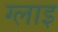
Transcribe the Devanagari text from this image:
ग्लाइ